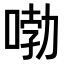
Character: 𠷺